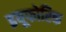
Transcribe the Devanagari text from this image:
इयूफोरिक